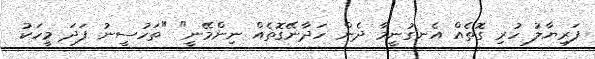
ފަރިޔާލު ހުރި ގޮތެއް އެނގުނީމާ ދެން ހަދާނޭގޮތެއް ނިންމޭނީ" "ތަހުސީނު ފަދަ މީހަކު